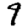
Digit: 9